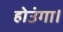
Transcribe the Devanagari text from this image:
होउंगा।